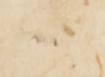
へ